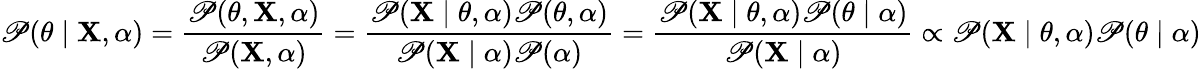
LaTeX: \mathscr{P}(\theta\mid\mathbf{{X}},\alpha)={\frac{{\mathscr{P}(\theta,\mathbf{{X}},\alpha)}}{{\mathscr{P}(\mathbf{{X}},\alpha)}}}={\frac{{\mathscr{P}(\mathbf{{X}}\mid\theta,\alpha)\mathscr{P}(\theta,\alpha)}}{{\mathscr{P}(\mathbf{{X}}\mid\alpha)\mathscr{P}(\alpha)}}}={\frac{{\mathscr{P}(\mathbf{{X}}\mid\theta,\alpha)\mathscr{P}(\theta\mid\alpha)}}{{\mathscr{P}(\mathbf{{X}}\mid\alpha)}}}\propto\mathscr{P}(\mathbf{{X}}\mid\theta,\alpha)\mathscr{P}(\theta\mid\alpha)